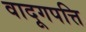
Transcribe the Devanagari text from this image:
वादूगपत्ति